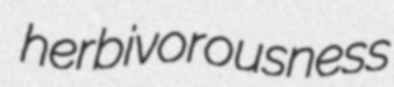
herbivorousness